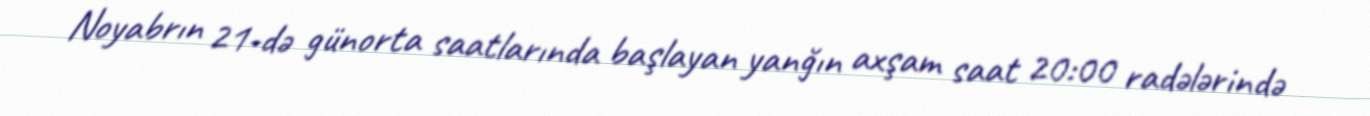
Noyabrın 21-də günorta saatlarında başlayan yanğın axşam saat 20:00 radələrində